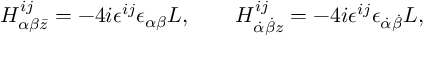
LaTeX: H _ { \alpha \beta \bar { z } } ^ { i j } = - 4 i \epsilon ^ { i j } \epsilon _ { \alpha \beta } L , \qquad H _ { \dot { \alpha } \dot { \beta } z } ^ { i j } = - 4 i \epsilon ^ { i j } \epsilon _ { \dot { \alpha } \dot { \beta } } L ,